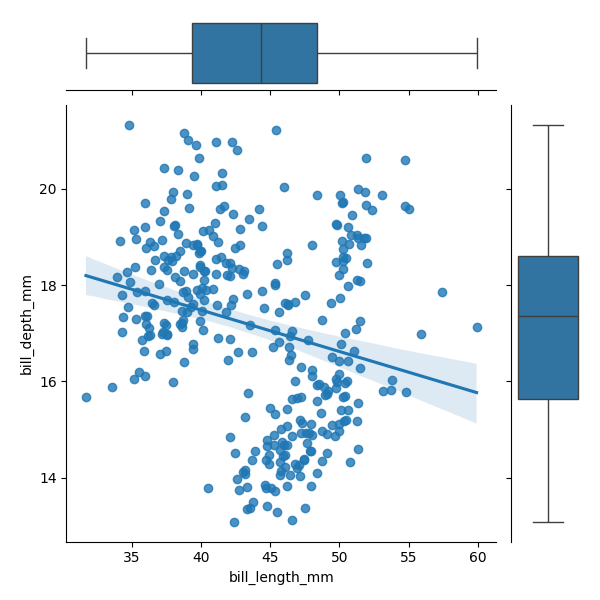
python, seaborn, JointGrid, regplot, boxplot